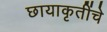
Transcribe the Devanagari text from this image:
छायाकृतींचे